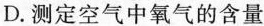
D.测定空气中氧气的含量